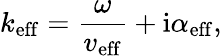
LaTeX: k_{\mathrm{eff}}=\frac{\omega}{v_{\mathrm{eff}}}+\mathrm{i}\alpha_{\mathrm{eff}},